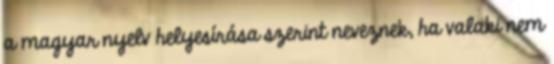
a magyar nyelv helyesírása szerint neveznek, ha valaki nem